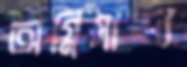
অগ্নিমান্দ্য